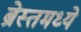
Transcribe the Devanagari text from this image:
ब्रेस्तमध्ये